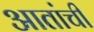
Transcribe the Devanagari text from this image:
आतांची